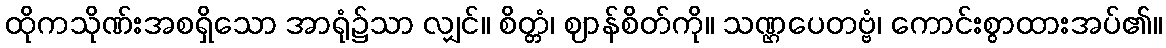
ထိုကသိုဏ်းအစရှိသော အာရုံ၌သာ လျှင်။ စိတ္တံ၊ ဈာန်စိတ်ကို။ သဏ္ဌပေတဗ္ဗံ၊ ကောင်းစွာထားအပ်၏။